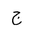
Letter: _gim